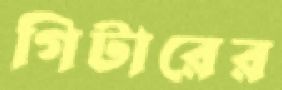
গিটারের